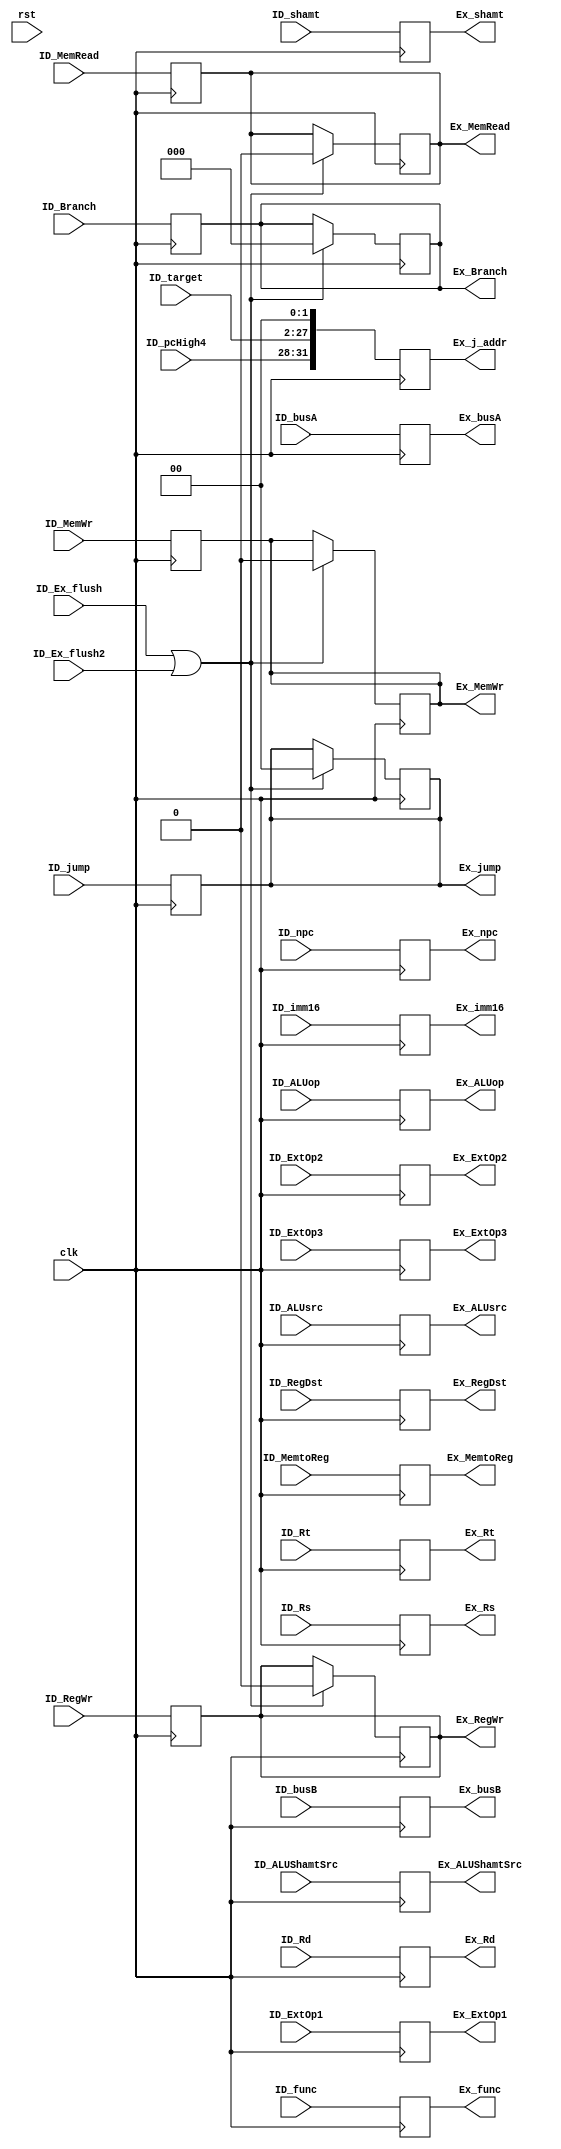
module ID_Ex(
    //data input
    input [31:0] ID_npc,
    input [15:0] ID_imm16,
    input [31:0] ID_busA, ID_busB,
    input [25:0] ID_target,
    input [4:0] ID_Rs, ID_Rt, ID_Rd,
    input [4:0] ID_shamt,
    input [3:0] ID_pcHigh4,

    //data output
    output reg [31:0] Ex_npc,
    output reg [15:0] Ex_imm16,
    output reg [31:0] Ex_busA, Ex_busB,
    output reg [4:0] Ex_Rs, Ex_Rt, Ex_Rd,
    output reg [4:0] Ex_shamt,
    output reg [31:0] Ex_j_addr,

    //control input
    input [5:0] ID_func,
    input [3:0] ID_ALUop,
    input [1:0] ID_ExtOp1, ID_ExtOp2,
    input [1:0] ID_jump,
    input [1:0] ID_ALUsrc,
    input ID_ALUShamtSrc, ID_RegDst, ID_MemRead,//3
    input ID_MemWr,
    input [2:0] ID_Branch, ID_ExtOp3,//4
    input [1:0] ID_MemtoReg, 
    input ID_RegWr,//5

    //control output
    output reg [5:0] Ex_func,
    output reg [3:0] Ex_ALUop,
    output reg [1:0] Ex_ExtOp1, Ex_ExtOp2,
    output reg [1:0] Ex_jump,
    output reg [1:0] Ex_ALUsrc, 
    output reg Ex_ALUShamtSrc, Ex_RegDst, Ex_MemRead,//3
    output reg Ex_MemWr,
    output reg [2:0] Ex_Branch, Ex_ExtOp3,//4
    output reg [1:0]Ex_MemtoReg,
    output reg Ex_RegWr,//5

    input ID_Ex_flush, ID_Ex_flush2,
    input clk, rst
);

    always @(posedge clk)
        if (ID_Ex_flush || ID_Ex_flush2)
            begin
                Ex_jump <= 2'b00;
                Ex_MemRead <= 0;
                Ex_MemWr <= 0;
                Ex_Branch <= 3'b000;
                Ex_RegWr <= 0;
            end

    always @(negedge clk)
        begin
            Ex_npc <= ID_npc;
            Ex_imm16 <= ID_imm16;
            Ex_busA <= ID_busA;
            Ex_busB <= ID_busB;
            Ex_shamt <= ID_shamt;
            Ex_j_addr <= {ID_pcHigh4, ID_target, 2'b00};
            Ex_Rs <= ID_Rs;
            Ex_Rt <= ID_Rt;
            Ex_Rd <= ID_Rd;

            Ex_func <= ID_func;
            Ex_ALUop <= ID_ALUop;
            Ex_ExtOp1 <= ID_ExtOp1;
            Ex_ExtOp2 <= ID_ExtOp2;
            Ex_jump <= ID_jump;
            Ex_ExtOp3 <= ID_ExtOp3;
            Ex_ALUsrc <= ID_ALUsrc;
            Ex_ALUShamtSrc <= ID_ALUShamtSrc;
            Ex_RegDst <= ID_RegDst;
            Ex_MemRead <= ID_MemRead;
            Ex_MemWr <= ID_MemWr;
            Ex_Branch <= ID_Branch;
            Ex_MemtoReg <= ID_MemtoReg;
            Ex_RegWr <= ID_RegWr;
        end
endmodule